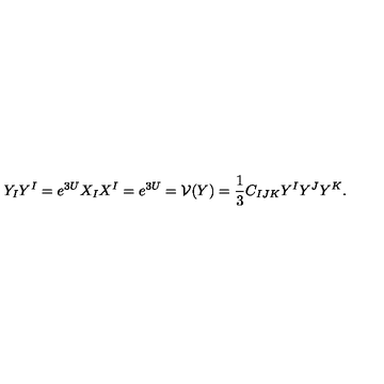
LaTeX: Y _ { I } Y ^ { I } = e ^ { 3 U } X _ { I } X ^ { I } = e ^ { 3 U } = \mathcal { V } ( Y ) = \frac 1 3 C _ { I J K } Y ^ { I } Y ^ { J } Y ^ { K } .